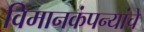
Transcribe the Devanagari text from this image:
विमानकंपन्यांचे